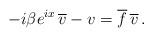
LaTeX: \begin{align*}- i \beta e^{ix} \, \overline{v} - v = \overline f \, \overline{v} \, .\end{align*}